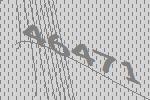
46471